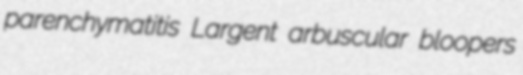
parenchymatitis Largent arbuscular bloopers